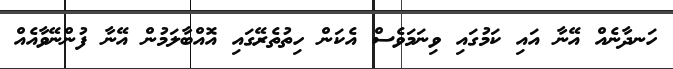
ހަނދާނެއް އޭނާ އައި ކަމުގައި ވިނަމަވެސް އެކަން ހިތުތެރޭގައި އޮއްބާލަމުން އޭނާ ފުންނޭވާއެއް